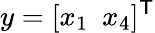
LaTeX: y=[x_{1}\, \, \, x_{4}]^{\mathsf{T}}